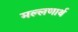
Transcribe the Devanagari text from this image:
मल्लणार्थ